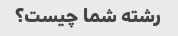
رشته شما چیست؟